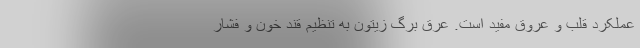
عملکرد قلب و عروق مفید است. عرق برگ زیتون به تنظیم قند خون و فشار